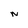
Character: N